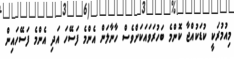
މިއުމުރަކީ ކުޑަކުއްޖާ ކޮންމެ ބަހުރަވައަކަށްވެސް ހާނާލަން އެންމެ ފަސޭހަ އަދި އެންމެ ފަސޭހައިން